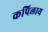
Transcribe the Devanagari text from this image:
कपिलाय